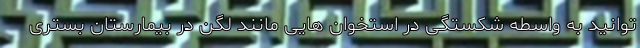
توانید به واسطه شکستگی در استخوان هایی مانند لگن در بیمارستان بستری